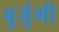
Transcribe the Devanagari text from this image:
बुर्जुगी